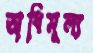
অধিমূল্য